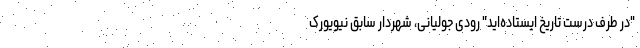
"در طرف درست تاریخ ایستاده‌اید" رودی جولیانی، شهردار سابق نیویورک